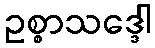
ဥစ္စာသဒ္ဒေါ